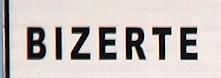
bizerte